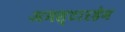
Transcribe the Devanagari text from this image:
अमस्टारडेम